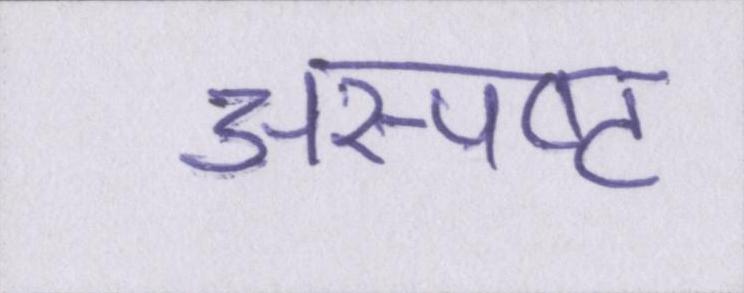
अस्पष्ट